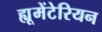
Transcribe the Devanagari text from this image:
ह्यूमेंटेरियन